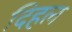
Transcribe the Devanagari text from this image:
दिहल